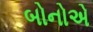
બોનોએ